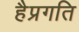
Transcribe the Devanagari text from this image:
हैप्रगति